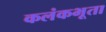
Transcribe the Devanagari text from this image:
कलंकभूता